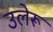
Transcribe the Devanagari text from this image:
उलेरू